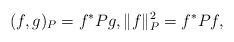
LaTeX: \begin{align*}(f,g)_{P} = f^* P g, \| f\|_{P}^2 = f^* P f,\end{align*}